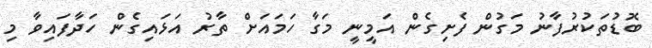
ބޮޑުތަކުރުފާނު މަގުން ފެށިގެން އަމީނީ މަގާ ހަމައަށް ތާރު އަޅައިގެން ހަދާފައިވާ މި